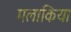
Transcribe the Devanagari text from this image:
मलाकिया